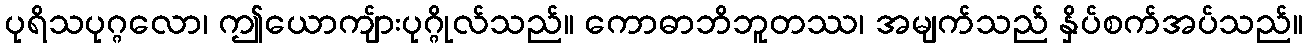
ပုရိသပုဂ္ဂလော၊ ဤယောကျ်ားပုဂ္ဂိုလ်သည်။ ကောဓာဘိဘူတဿ၊ အမျက်သည် နှိပ်စက်အပ်သည်။